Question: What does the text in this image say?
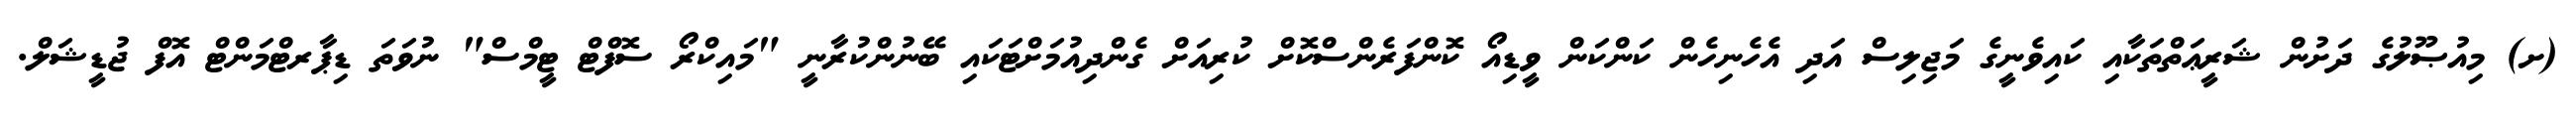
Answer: (ށ) މިއުޞޫލުގެ ދަށުން ޝަރީޢަތްތަކާއި ކައިވެނީގެ މަޖިލިސް އަދި އެހެނިހެން ކަންކަން ވީޑިއޯ ކޮންފަރެންސްކޮށް ކުރިއަށް ގެންދިއުމަށްޓަކައި ބޭނުންކުރާނީ "މައިކްރޯ ސޮފްޓް ޓީމްސް" ނުވަތަ ޑިޕާރޓްމަންޓް އޮފް ޖުޑީޝަލް.